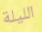
الليلة